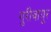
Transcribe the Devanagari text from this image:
गुरीवायूर